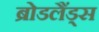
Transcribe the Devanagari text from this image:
ब्रोडलैंड्स